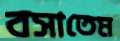
বসাতেম